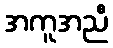
အကူအညီ